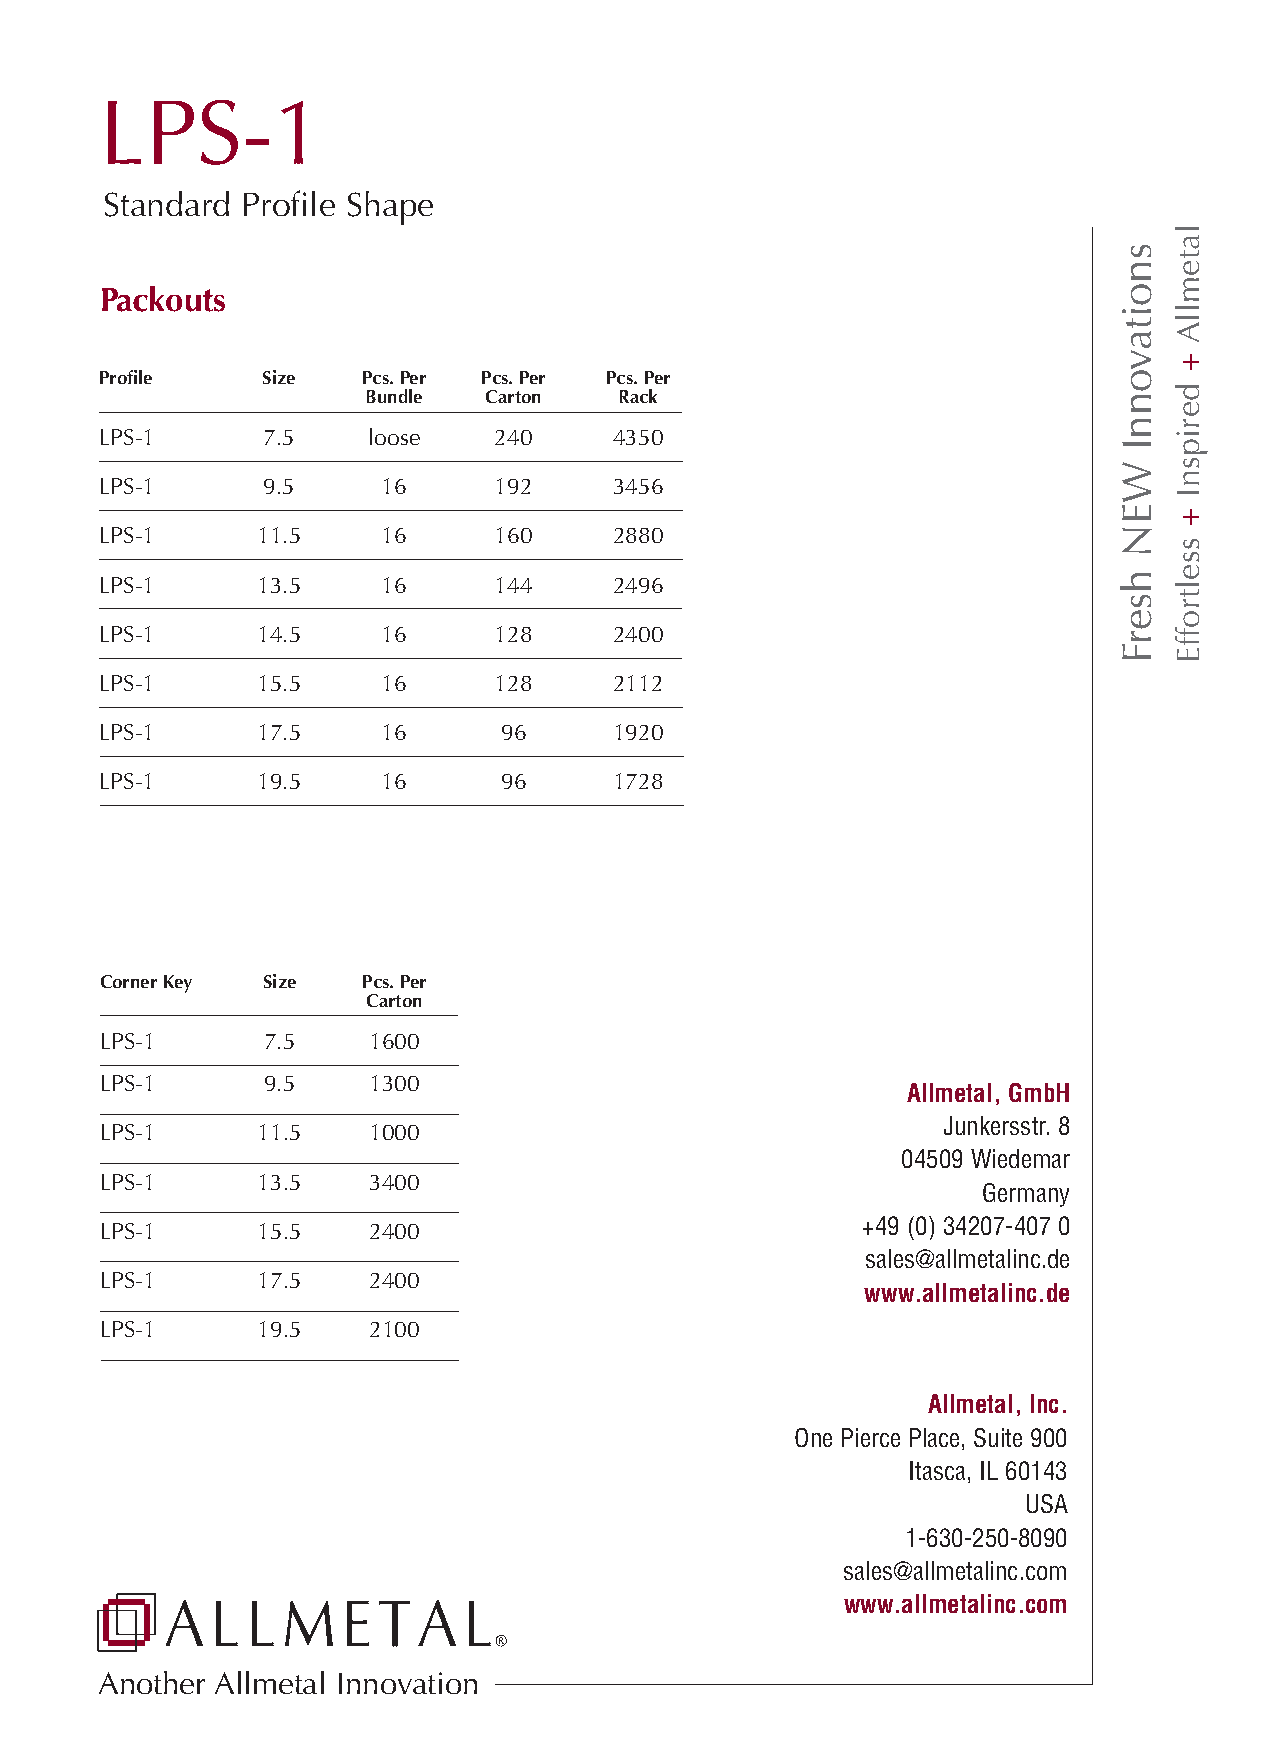
LPS-1
 Standard Profile Shape
 Packouts
 Profile   Size   Pcs.Per Pcs.Per Pcs.Per
 Bundle  Carton   Rack
 LPS-1     7.5    loose    240     4350
 LPS-1     9.5     16      192     3456
 LPS-1     11.5    16      160     2880
 LPS-1     13.5    16      144     2496
 LPS-1     14.5    16      128     2400
 LPS-1     15.5    16      128     2112
 LPS-1     17.5    16      96      1920
 LPS-1     19.5    16      96      1728
 CornerKey Size   Pcs.Per
 Carton
 LPS-1     7.5    1600
 LPS-1     9.5    1300                                Allmetal, GmbH
 Junkersstr. 8
 LPS-1     11.5   1000
 04509 Wiedemar
 LPS-1     13.5   3400                                     Germany
 +49 (0) 34207-407 0
 LPS-1     15.5   2400
 sales@allmetalinc.de
 LPS-1     17.5   2400                             www.allmetalinc.de
 LPS-1     19.5   2100
 Allmetal, Inc.
 One Pierce Place, Suite 900
 Itasca, IL 60143
 USA
 1-630-250-8090
 sales@allmetalinc.com
 www.allmetalinc.com
 Another Allmetal Innovation
 snoitavonnI
 WEN
 hserF
 latemllA
 +
 deripsnI
 +
 sseltroffE